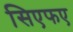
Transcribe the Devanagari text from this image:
सिएफए